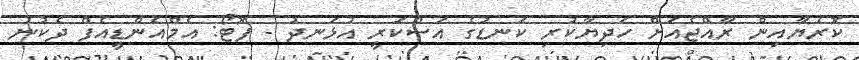
ކޮރެޔާއިން ރާއްޖެއަށް ހަދިޔާކުރި ކަނޑުގެ އަސްކަރީ އުޅަނދު - ފޮޓޯ: އެމްއެންޑީއެފް ދެކުނު